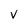
Character: v